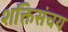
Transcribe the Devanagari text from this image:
शक्तिसंचय